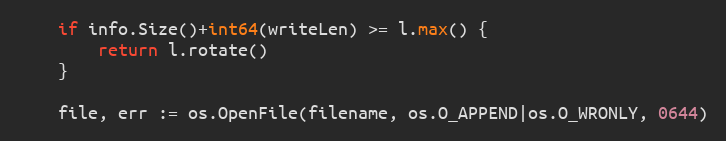
Language: Go
	if info.Size()+int64(writeLen) >= l.max() {
		return l.rotate()
	}

	file, err := os.OpenFile(filename, os.O_APPEND|os.O_WRONLY, 0644)